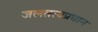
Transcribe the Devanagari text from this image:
जलतत्वप्रधान